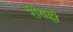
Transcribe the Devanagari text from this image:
रोधही